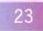
\(23\)